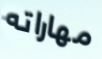
مهاراته